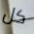
كل